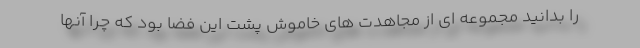
را بدانید مجموعه ای از مجاهدت های خاموش پشت این فضا بود که چرا آنها